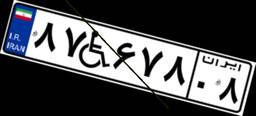
۸۷W۶۷۸۰۸